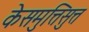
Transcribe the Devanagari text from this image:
केसमुत्तिसुत्त